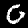
Digit: 0